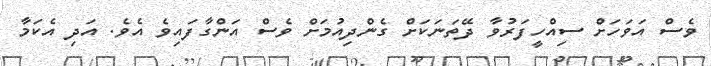
ވެސް އަވަހަށް ސިއްހީފަރުވާ ދޭތަނަކަށް ގެންދިއުމަށް ވެސް އަންގާފައިވެ އެވެ. އަދި އެކަމާ